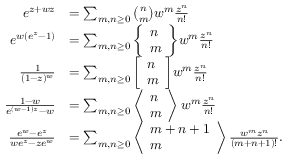
{ \begin{array} { r l } { e ^ { z + w z } } & { = \sum _ { m , n \geq 0 } { \binom { n } { m } } w ^ { m } { \frac { z ^ { n } } { n ! } } } \\ { e ^ { w ( e ^ { z } - 1 ) } } & { = \sum _ { m , n \geq 0 } { \left\{ \begin{array} { l } { n } \\ { m } \end{array} \right\} } w ^ { m } { \frac { z ^ { n } } { n ! } } } \\ { { \frac { 1 } { ( 1 - z ) ^ { w } } } } & { = \sum _ { m , n \geq 0 } { \left[ \begin{array} { l } { n } \\ { m } \end{array} \right] } w ^ { m } { \frac { z ^ { n } } { n ! } } } \\ { { \frac { 1 - w } { e ^ { ( w - 1 ) z } - w } } } & { = \sum _ { m , n \geq 0 } \left\langle { \begin{array} { l } { n } \\ { m } \end{array} } \right\rangle w ^ { m } { \frac { z ^ { n } } { n ! } } } \\ { { \frac { e ^ { w } - e ^ { z } } { w e ^ { z } - z e ^ { w } } } } & { = \sum _ { m , n \geq 0 } \left\langle { \begin{array} { l } { m + n + 1 } \\ { m } \end{array} } \right\rangle { \frac { w ^ { m } z ^ { n } } { ( m + n + 1 ) ! } } . } \end{array} }